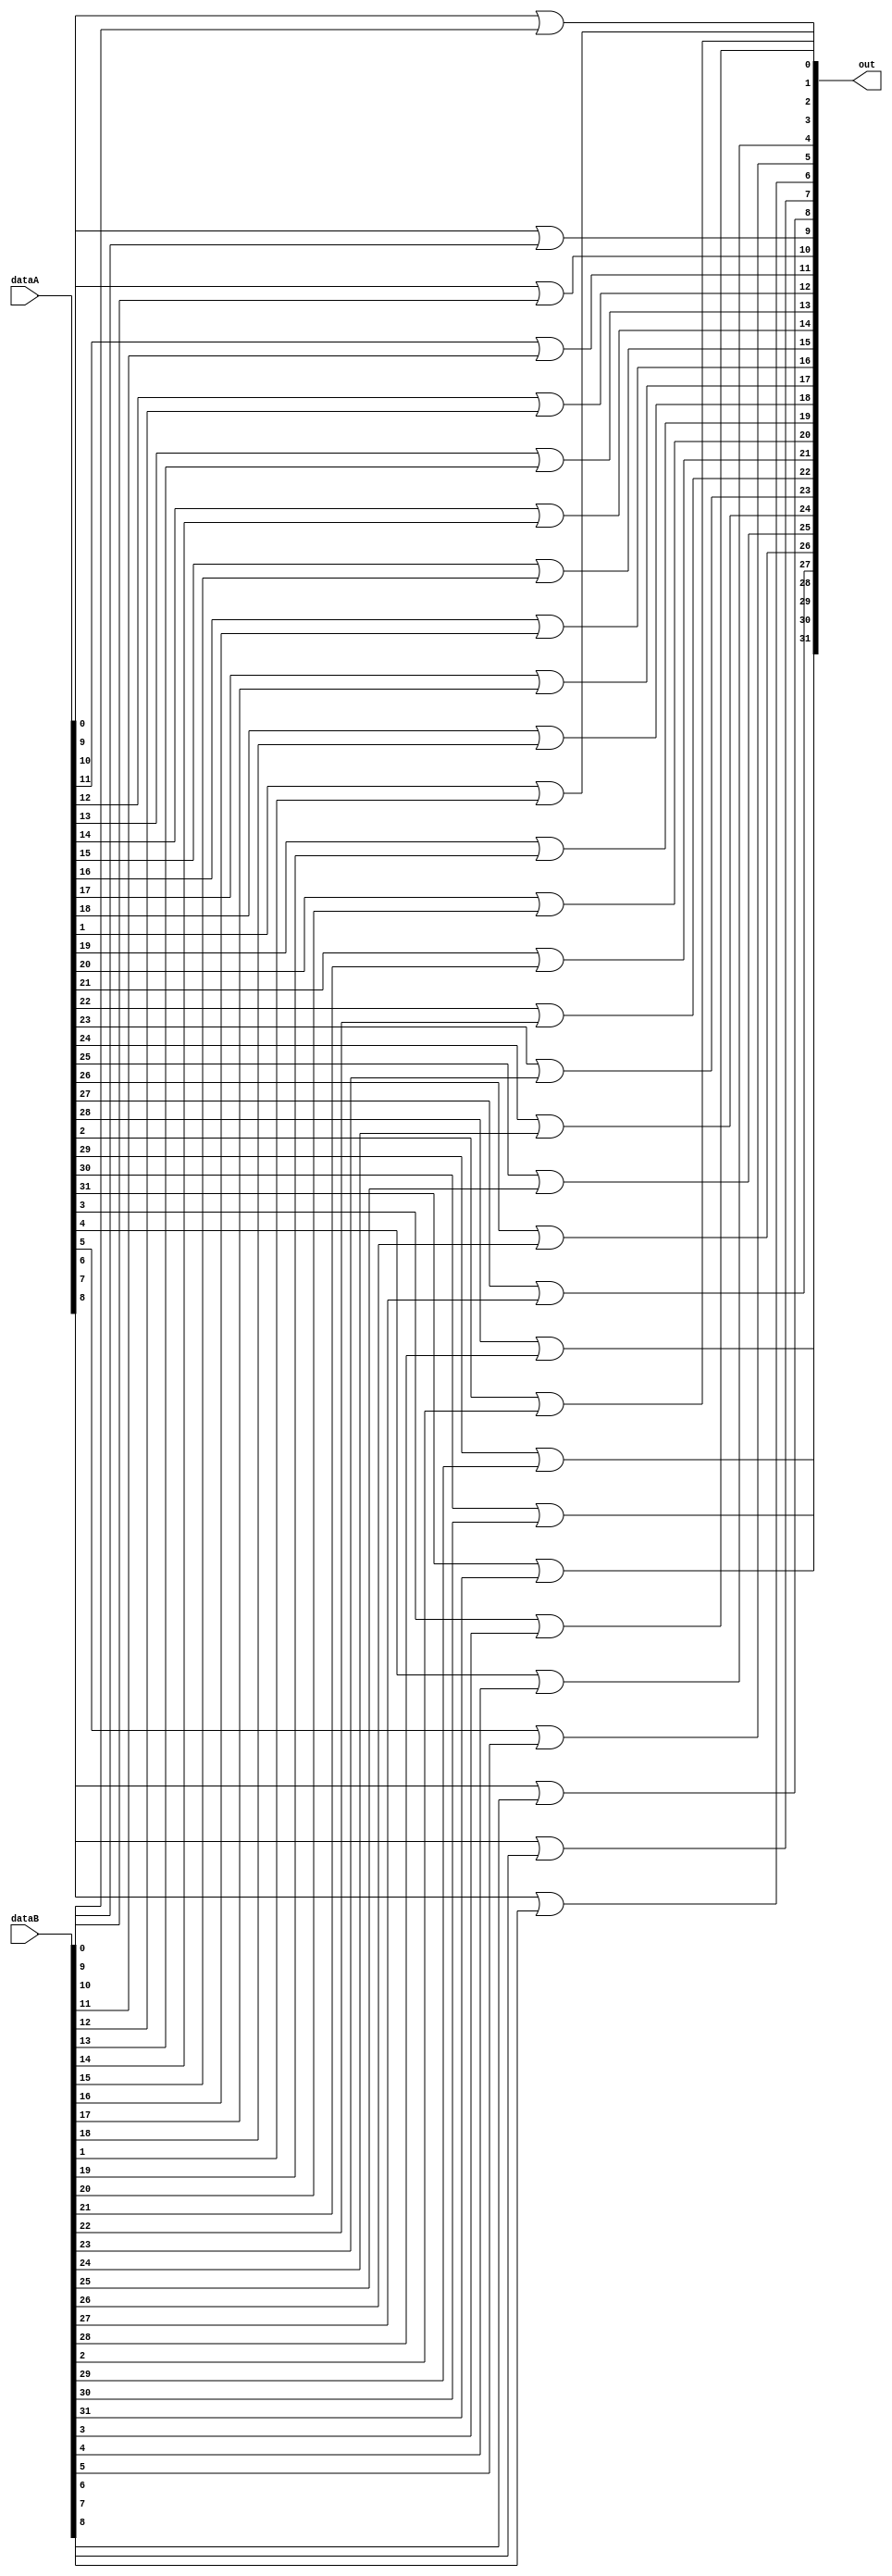
module bitwiseOr(out,dataA,dataB);
	input [31:0] dataA,dataB;
	output [31:0] out;
	
	genvar c;
	
	generate
		for (c = 0; c <= 31; c = c+1) begin: loop1
			or _or(out[c],dataA[c],dataB[c]);
		end
	endgenerate
	
endmodule